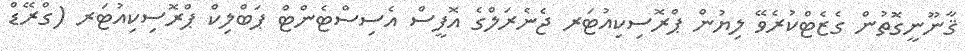
ޤާނޫނީގޮތުން ގެޒެޓްކުރެވޭ ލިޔުން ޕްރޮސިކިއުޓަރ ޖެނެރަލްގެ އޮފީސް އެސިސްޓެންޓް ޕަބްލިކް ޕްރޮސިކިއުޓަރ (ގްރޭޑް